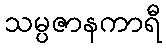
သမ္ပဇာနကာရီ